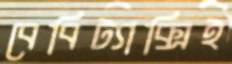
বেবিট্যাক্সিই